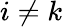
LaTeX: i\neq k